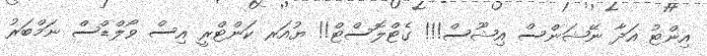
އިންޓު އަދާ ނޭޝަންސް އިޝޫސް!!! ގެޓްލޮސްޓް!! ޔުއަރ ކަންޓްރީ އިސް ވޯލްޑްސް ނަމްބަރު